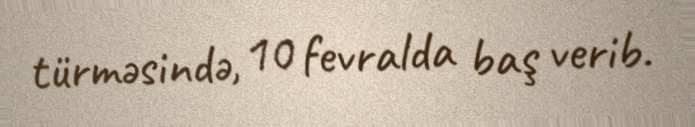
türməsində, 10 fevralda baş verib.